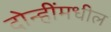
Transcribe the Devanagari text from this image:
दोन्हींमधील